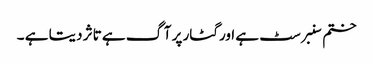
ختم سنبرسٹ ہے اور گٹار پر آگ ہے تاثر دیتا ہے ۔